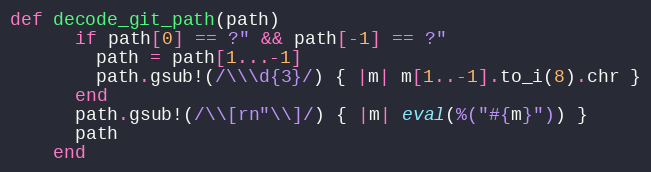
Language: Ruby
def decode_git_path(path)
      if path[0] == ?" && path[-1] == ?"
        path = path[1...-1]
        path.gsub!(/\\\d{3}/) { |m| m[1..-1].to_i(8).chr }
      end
      path.gsub!(/\\[rn"\\]/) { |m| eval(%("#{m}")) }
      path
    end